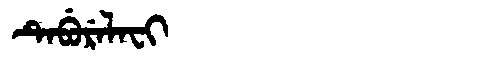
Manchu: ᡨᡝᠪᡠᡵᡝᠯᠠᠸᡳ
Romanization: TEBURELAFI